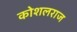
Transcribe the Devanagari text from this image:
कोशलराज